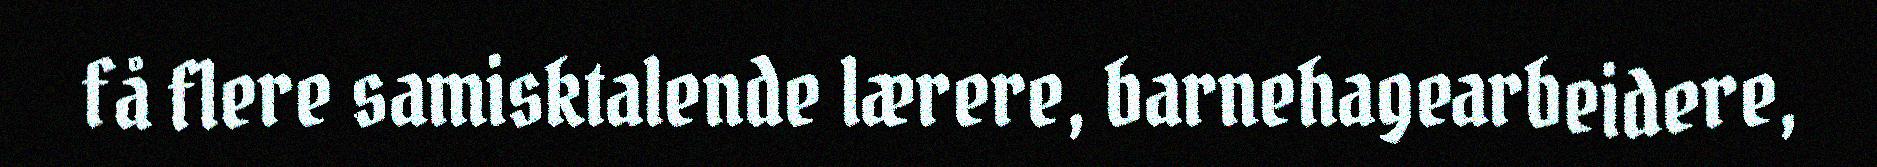
få flere samisktalende lærere, barnehagearbeidere,